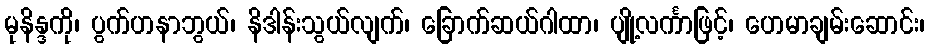
မုနိန္ဒကို၊ ပွက်ဟနာဘွယ်၊ နိဒါန်းသွယ်လျက်၊ ခြောက်ဆယ်ဂါထာ၊ ပျို့လင်္ကာဖြင့်၊ ဟေမာချမ်းဆောင်း၊